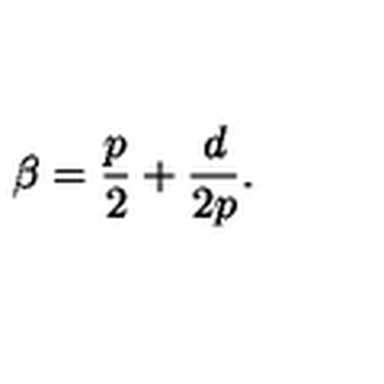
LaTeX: \beta = { \frac { p } { 2 } } + { \frac { d } { 2 p } } .